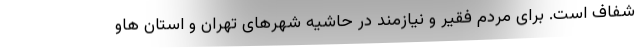
شفاف است. برای مردم فقیر و نیازمند در حاشیه شهرهای تهران و استان هاو